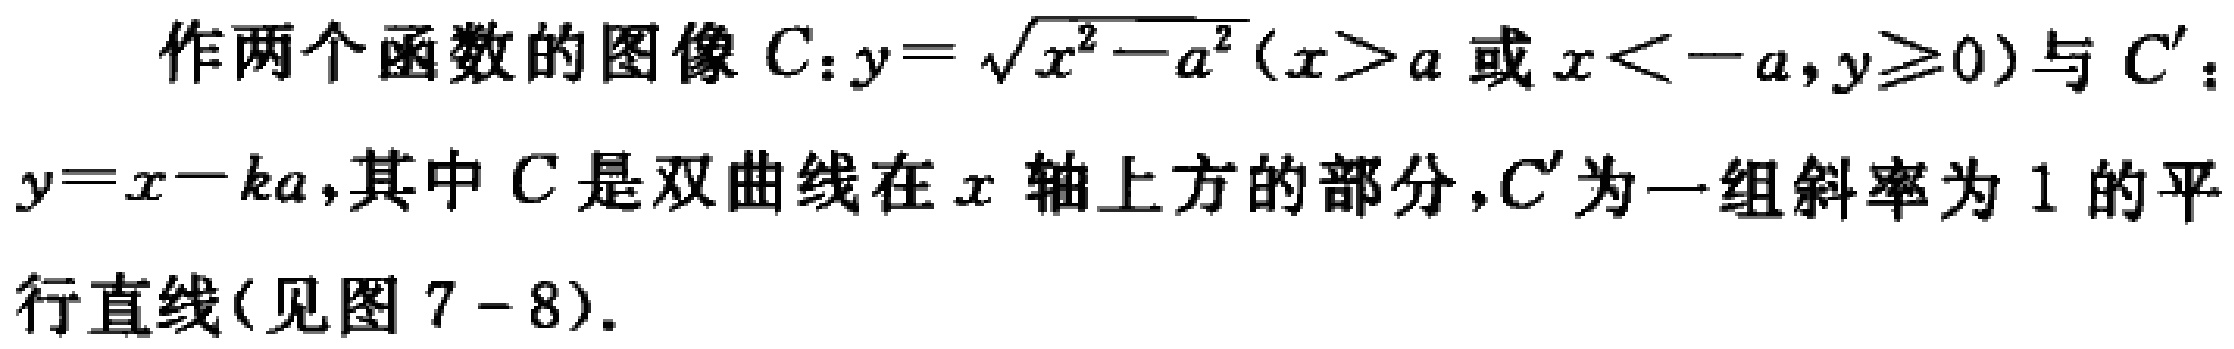
作两个函数的图像 \(C:y = \sqrt{x^{2}-a^{2}}(x > a\text{ 或 }x < -a,y\geq0)\) 与 \(C'\)：\(y = x - ka\)，其中 \(C\) 是双曲线在 \(x\) 轴上方的部分，\(C'\) 为一组斜率为 \(1\) 的平行直线(见图 \(7 - 8\))。